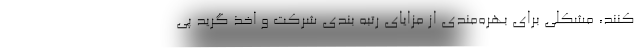
کنند، مشکلی برای بهره‌مندی از مزایای رتبه بندی شرکت و اخذ گرید پی